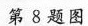
第8题图